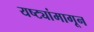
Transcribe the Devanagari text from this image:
यष्ट्यांमागून